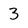
Character: 3